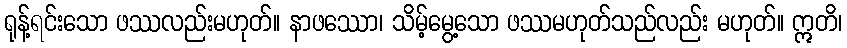
ရုန့်ရင်းသော ဖဿလည်းမဟုတ်။ နာဖဿော၊ သိမ့်မွေ့သော ဖဿမဟုတ်သည်လည်း မဟုတ်။ ဣတိ၊